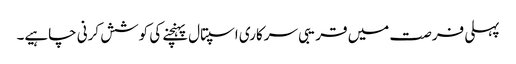
پہلی فرصت میں قریبی سرکاری اسپتال پہنچنے کی کوشش کرنی چاہیے۔